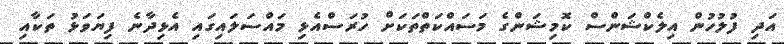
އަދި ފުލުހުން އިލެކްޝަންސް ކޮމިޝަންގެ މަސައްކަތްތަކަށް ހުރަސްއެޅި މައްސަލައިގައި އެޅިދާނެ ފިޔަވަޅު ތަކާއި